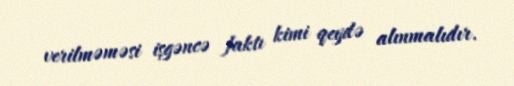
verilməməsi işgəncə faktı kimi qeydə alınmalıdır.